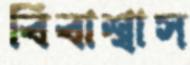
বিবাশ্বাস